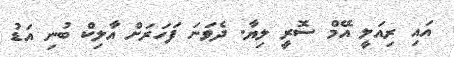
އައި ރިއަލީ އޭމް ސޮރީ ލިޔާ. ދެވަނަ ފަހަރަށް އާލިކް ބުނި އަޑު